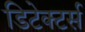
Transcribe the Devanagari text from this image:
डिटेक्टर्स